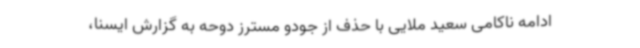
ادامه ناکامی سعید ملایی با حذف از جودو مسترز دوحه به گزارش ایسنا،